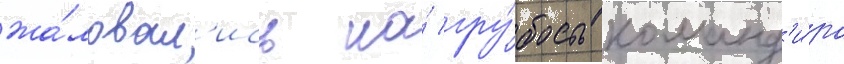
жа́ловал'ись на́ гру́бость команд'и́ра